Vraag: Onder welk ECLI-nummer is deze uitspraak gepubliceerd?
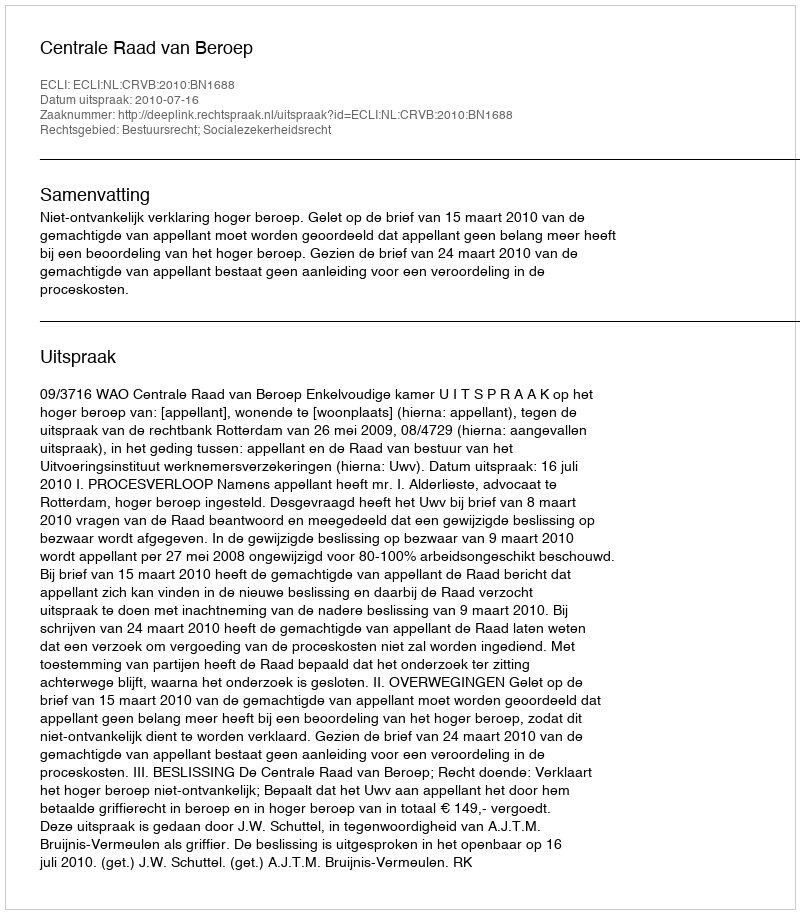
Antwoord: ECLI:NL:CRVB:2010:BN1688